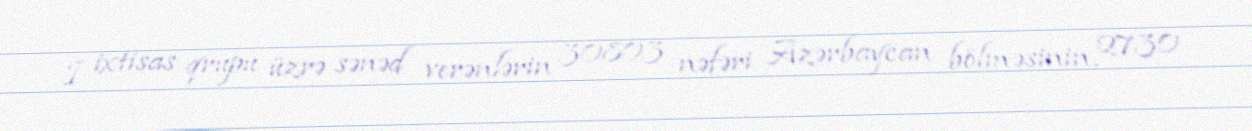
I ixtisas qrupu üzrə sənəd verənlərin 30803 nəfəri Azərbaycan bölməsinin, 2730